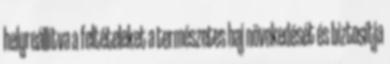
helyreállítva a feltételeket a természetes haj növekedését és biztosítja